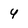
Character: 4